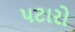
પટારો